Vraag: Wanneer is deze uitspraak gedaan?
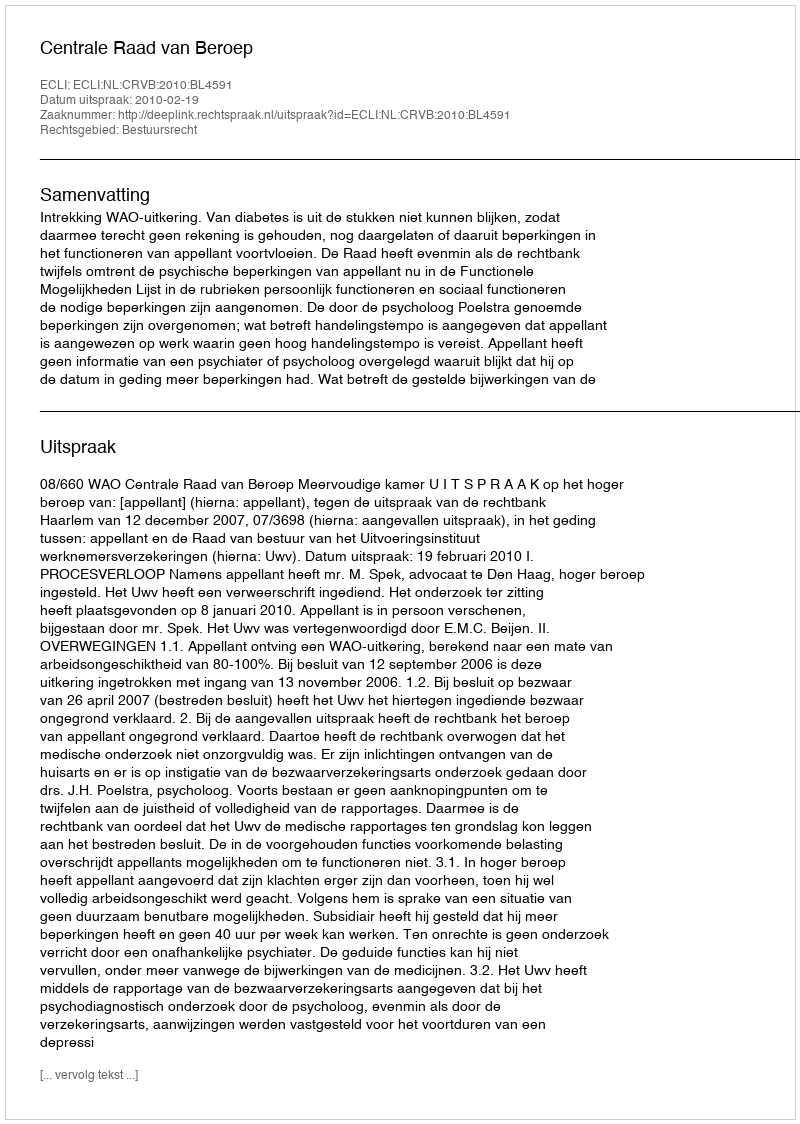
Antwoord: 2010-02-19